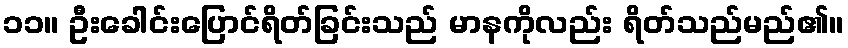
၁၁။ ဦးခေါင်းပြောင်ရိတ်ခြင်းသည် မာနကိုလည်း ရိတ်သည်မည်၏။